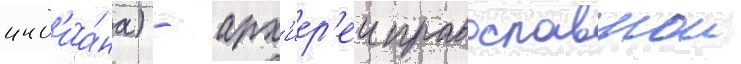
инд'иа́на) - арх'иер'еи православнои